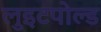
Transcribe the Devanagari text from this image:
लुइटपोल्ड